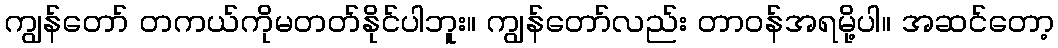
ကျွန်တော် တကယ်ကိုမတတ်နိုင်ပါဘူး။ ကျွန်တော်လည်း တာဝန်အရမို့ပါ။ အဆင်တော့